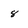
Character: 8